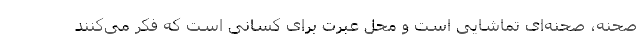
صحنه، صحنه‌ای تماشایی است و محل عبرت برای کسانی است که فکر می‌کنند